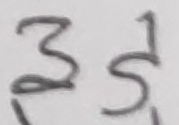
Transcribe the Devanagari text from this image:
अड